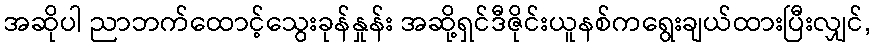
အဆိုပါ ညာဘက်ထောင့်သွေးခုန်နှုန်း အဆို့ရှင်ဒီဇိုင်းယူနစ်ကရွေးချယ်ထားပြီးလျှင်,